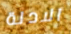
الادلة